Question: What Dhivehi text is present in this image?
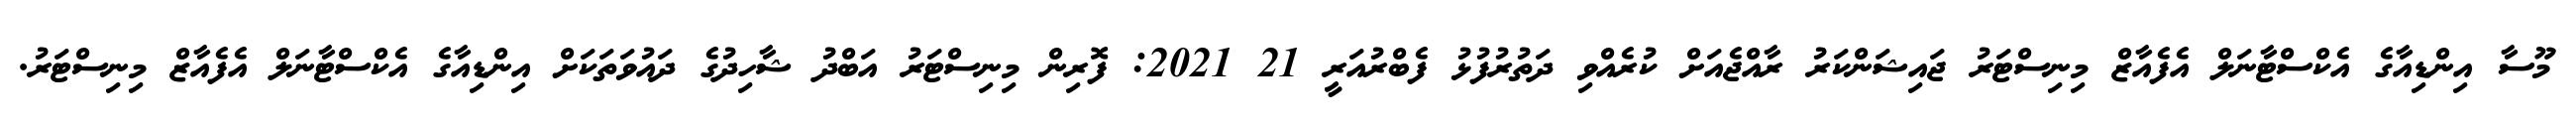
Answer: މޫސާ އިންޑިއާގެ އެކްސްޓާނަލް އެފެއާޒް މިނިސްޓަރު ޖައިޝަންކަރު ރާއްޖެއަށް ކުރެއްވި ދަތުރުފުޅު ފެބްރުއަރީ 21 2021: ފޮރިން މިނިސްޓަރު އަބްދު ޝާހިދުގެ ދައުވަތަކަށް އިންޑިއާގެ އެކްސްޓާނަލް އެފެއާޒް މިނިސްޓަރު.